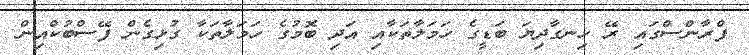
ފްރާންސްގައި ރޭ ހިނގާދިޔަ ބަޑީގެ ހަމަލާތަކާއި އަދި ބޮމުގެ ހަމަލާތަކާ ގުޅިގެން ފޭސްބުކްއިން